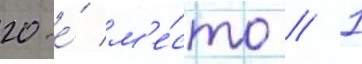
20-е́ м'е́сто // 1